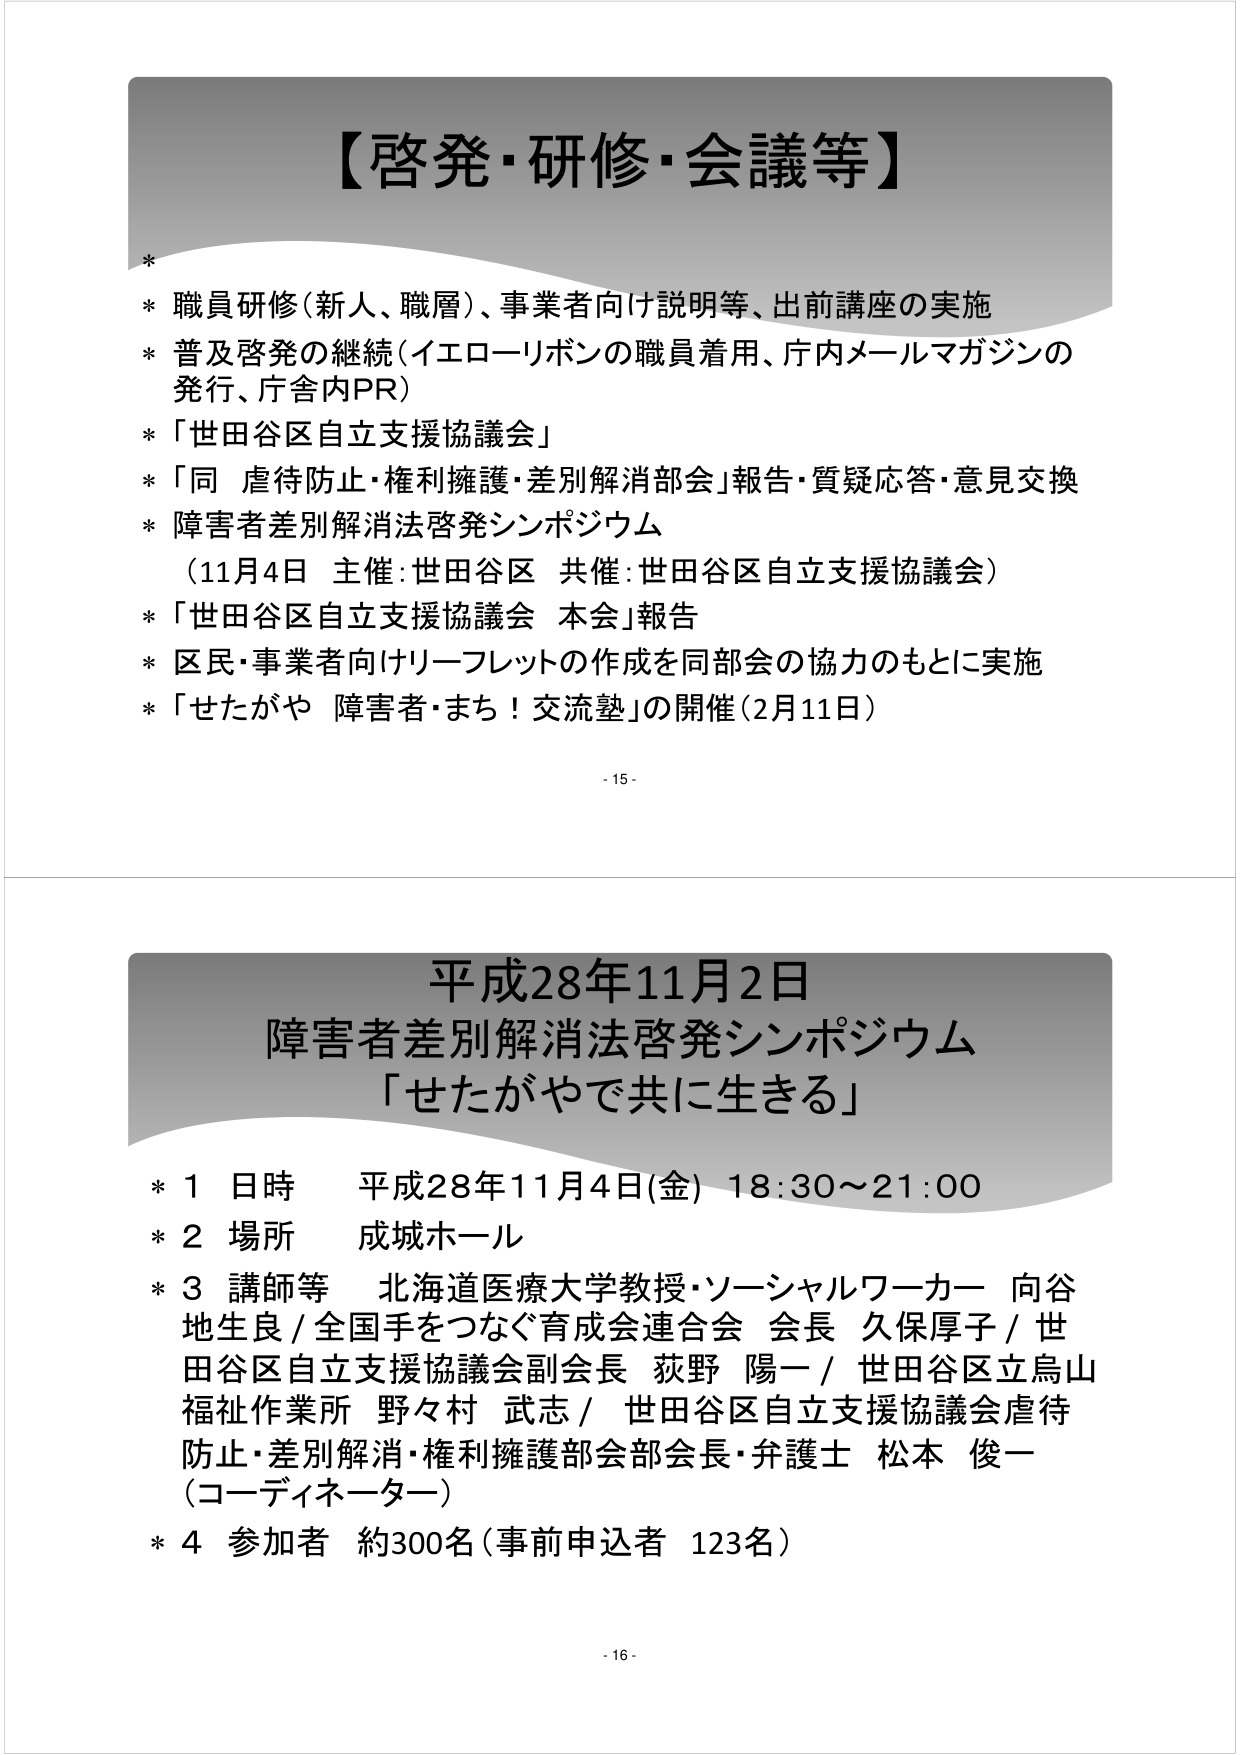
【啓発・研修・会議等】

* 職員研修（新人、職層）、事業者向け説明等、出前講座の実施
* 普及啓発の継続（イエローリボンの職員着用、庁内メールマガジンの発行、庁舎内PR）
* 「世田谷区自立支援協議会」
* 「同 虐待防止・権利擁護・差別解消部会」報告・質疑応答・意見交換
* 障害者差別解消法啓発シンポジウム
　（11月4日 主催：世田谷区 共催：世田谷区自立支援協議会）
* 「世田谷区自立支援協議会 本会」報告
* 区民・事業者向けリーフレットの作成を同部会の協力のもとに実施
* 「せたがや 障害者・まち！交流塾」の開催（2月11日）

- 15 -

平成28年11月2日
障害者差別解消法啓発シンポジウム
「せたがやで共に生きる」

* 1 日時 平成28年11月4日（金）18:30～21:00
* 2 場所 成城ホール
* 3 講師等 北海道医療大学教授・ソーシャルワーカー 向谷地生良 / 全国手をつなぐ育成会連合会 会長 久保厚子 / 世田谷区自立支援協議会副会長 荻野 陽一 / 世田谷区立烏山福祉作業所 野々村 武志 / 世田谷区自立支援協議会虐待防止・差別解消・権利擁護部会部会長・弁護士 松本 俊一（コーディネーター）
* 4 参加者 約300名（事前申込者 123名）

- 16 -